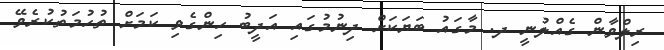
ރިލްވާން ގެއްލުނީ ދ. މާގައު ބަޔަކަށް ދިނުމުގައި އަދީބު ހިންގެވި ކަމަށް ތުހުމަތުކުރެވޭ